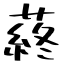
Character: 蔠